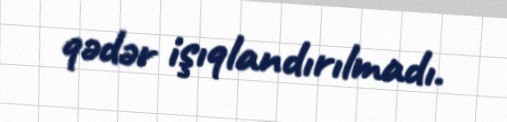
qədər işıqlandırılmadı.